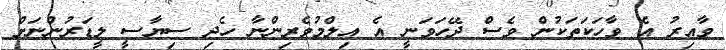
ވާއިރު އެ ވާހަކަތަކުން ވެސް ދޭހަވަނީ އެ އިލްމުވެރިންނާ ހެދި ސިޔާސީ ލީޑަރުންނަށް